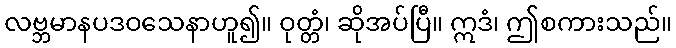
လဗ္ဘမာနပဒဝသေနာဟူ၍။ ဝုတ္တံ၊ ဆိုအပ်ပြီ။ ဣဒံ၊ ဤစကားသည်။